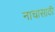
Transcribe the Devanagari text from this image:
नाचासाठी